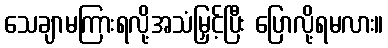
သေချာမကြားရလို့အသံမြှင့်ပြီး ပြောလို့ရမလား။